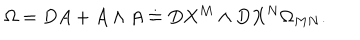
LaTeX: \Omega = D A + A \wedge A \doteq D X ^ { M } \wedge D X ^ { N } \Omega _ { M N } .